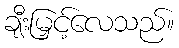
ချီးမြှင့်လေသည်။